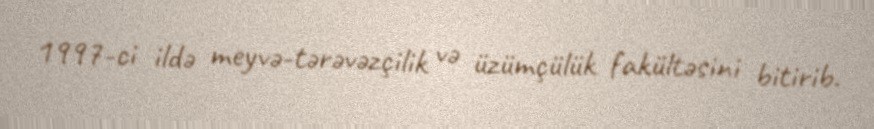
1997-ci ildə meyvə-tərəvəzçilik və üzümçülük fakültəsini bitirib.